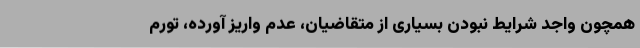
همچون واجد شرایط نبودن بسیاری از متقاضیان، عدم واریز آورده، تورم